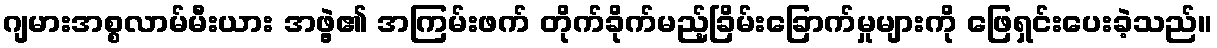
ဂျမားအစ္စလာမ်မီးယား အဖွဲ့၏ အကြမ်းဖက် တိုက်ခိုက်မည့်ခြိမ်းခြောက်မှုများကို ဖြေရှင်းပေးခဲ့သည်။